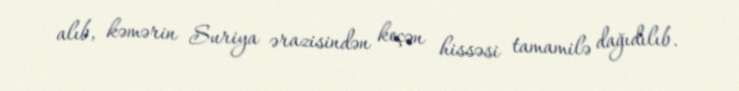
alıb, kəmərin Suriya ərazisindən keçən hissəsi tamamilə dağıdılıb.